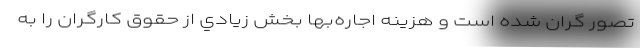
تصور گران شده است و هزينه اجاره‌بها بخش زيادي از حقوق كارگران را به